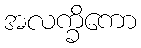
အလက္ခိကော